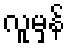
လူမှန်